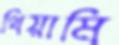
থিয়ামি